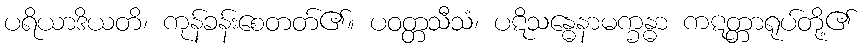
ပရိယာဒိယတိ၊ ကုန်ခန်းစေတတ်၏။ ပဝတ္တသီသံ၊ ပဋိသန္ဓေနာမက္ခန္ဓာ ကဋတ္တာရုပ်တို့၏